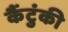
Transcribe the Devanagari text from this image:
कैंटुंकी